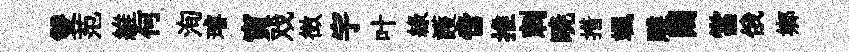
雙范維何洵璿寅戏徴宇叶綠護啻推剌暁措颯雕闚當俄鄉